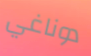
دوناغي